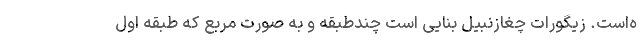
ه‌است. زیگورات چغازنبیل بنایی است چندطبقه و به صورت مربع که طبقه اول